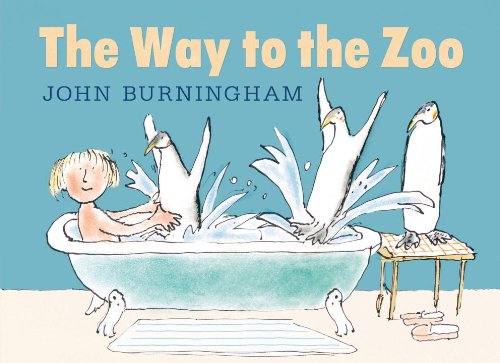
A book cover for The Way to the Zoo; John Burningham; Children's Books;